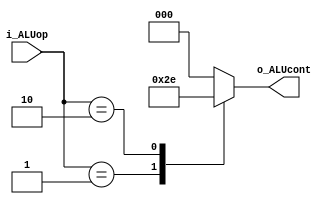
`timescale 1ns/1ps
module ALU_Control #(
	parameter ALUop_Width		= 2,
	parameter ALU_select_width = 3)
	(
	input 		[ALUop_Width -1 : 0	] 		i_ALUop,
	output reg	[ALU_select_width -1 : 0]  o_ALUcont
	);

localparam add =  2'b01;
localparam sub =  2'b10;
localparam ALU_select_add =  3'b101;
localparam ALU_select_sub =  3'b110;
	
	always @ (i_ALUop)
	begin
		case (i_ALUop)
			add : 
			begin
				o_ALUcont = ALU_select_add;
			end
			sub : 
			begin
				o_ALUcont = ALU_select_sub;
			end
			default
			begin
				o_ALUcont = 3'b000;
			end
		endcase
	end
endmodule